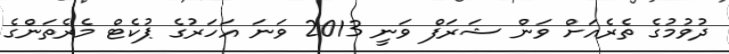
ދުވުމުގެ ތެރެއަށް ވަން ޝަރަފް ވަނީ 2013 ވަނަ އަހަރުގެ ޕުކެޓް މެރެތަންގެ